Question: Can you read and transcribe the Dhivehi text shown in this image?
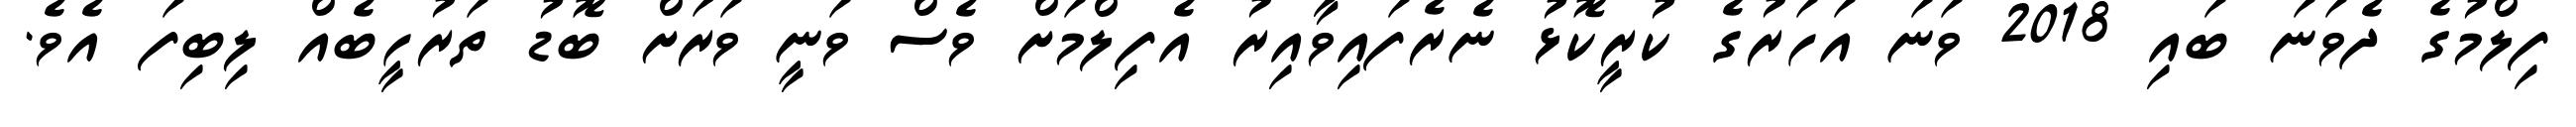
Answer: ފިލްމުގެ ދެވަނަ ބައި 2018 ވަނަ އަހަރުގެ ކުރީކޮޅު ނެރެފައިވާއިރު އެފިލްމަށް ވެސް ވަނީ ވަރަށް ބޮޑު ތަރުހީބެއް ލިބިފަ އެވެ.